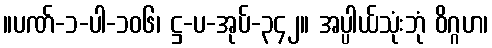
။ပဏ်-၁-ပါ-၁၀၆၊ ဋ္ဌ-ပ-အုပ်-၃၄၂။ အပ္ပါယ်သုံးဘုံ ဝိဂ္ဂဟ၊